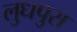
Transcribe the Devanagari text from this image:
लुधपुरा